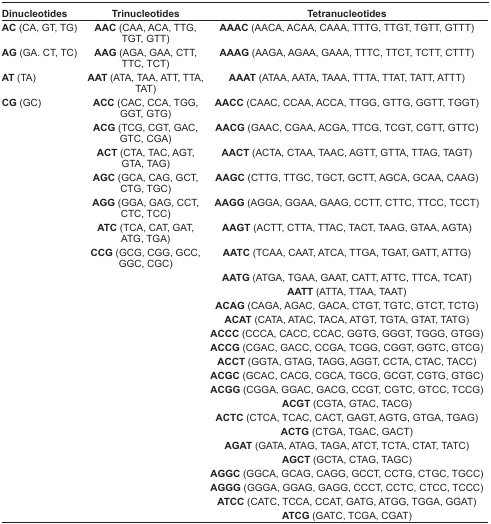
<table><thead><tr><td><b>Dinucleotides</b></td><td><b>Trinucleotides</b></td><td><b>Tetranucleotides</b></td></tr></thead><tbody><tr><td><b>AC</b> (CA, GT, TG)</td><td><b>AAC</b> (CAA, ACA, TTG, TGT, GTT)</td><td><b>AAAC</b> (AACA, ACAA, CAAA, TTTG, TTGT, TGTT, GTTT)</td></tr><tr><td><b>AG</b> (GA. CT, TC)</td><td><b>AAG</b> (AGA, GAA, CTT, TTC, TCT)</td><td><b>AAAG</b> (AAGA, AGAA, GAAA, TTTC, TTCT, TCTT, CTTT)</td></tr><tr><td><b>AT</b> (TA)</td><td><b>AAT</b> (ATA, TAA, ATT, TTA, TAT)</td><td><b>AAAT</b> (ATAA, AATA, TAAA, TTTA, TTAT, TATT, ATTT)</td></tr><tr><td><b>CG</b> (GC)</td><td><b>ACC</b> (CAC, CCA, TGG, GGT, GTG)</td><td><b>AACC</b> (CAAC, CCAA, ACCA, TTGG, GTTG, GGTT, TGGT)</td></tr><tr><td></td><td><b>ACG</b> (TCG, CGT, GAC, GTC, CGA)</td><td><b>AACG</b> (GAAC, CGAA, ACGA, TTCG, TCGT, CGTT, GTTC)</td></tr><tr><td></td><td><b>ACT</b> (CTA, TAC, AGT, GTA, TAG)</td><td><b>AACT</b> (ACTA, CTAA, TAAC, AGTT, GTTA, TTAG, TAGT)</td></tr><tr><td></td><td><b>AGC</b> (GCA, CAG, GCT, CTG, TGC)</td><td><b>AAGC</b> (CTTG, TTGC, TGCT, GCTT, AGCA, GCAA, CAAG)</td></tr><tr><td></td><td><b>AGG</b> (GGA, GAG, CCT, CTC, TCC)</td><td><b>AAGG</b> (AGGA, GGAA, GAAG, CCTT, CTTC, TTCC, TCCT)</td></tr><tr><td></td><td><b>ATC</b> (TCA, CAT, GAT, ATG, TGA)</td><td><b>AAGT</b> (ACTT, CTTA, TTAC, TACT, TAAG, GTAA, AGTA)</td></tr><tr><td></td><td><b>CCG</b> (GCG, CGG, GCC, GGC, CGC)</td><td><b>AATC</b> (TCAA, CAAT, ATCA, TTGA, TGAT, GATT, ATTG)</td></tr><tr><td></td><td></td><td><b>AATG</b> (ATGA, TGAA, GAAT, CATT, ATTC, TTCA, TCAT)</td></tr><tr><td></td><td></td><td><b>AATT</b> (ATTA, TTAA, TAAT)</td></tr><tr><td></td><td></td><td><b>ACAG</b> (CAGA, AGAC, GACA, CTGT, TGTC, GTCT, TCTG)</td></tr><tr><td></td><td></td><td><b>ACAT</b> (CATA, ATAC, TACA, ATGT, TGTA, GTAT, TATG)</td></tr><tr><td></td><td></td><td><b>ACCC</b> (CCCA, CACC, CCAC, GGTG, GGGT, TGGG, GTGG)</td></tr><tr><td></td><td></td><td><b>ACCG</b> (CGAC, GACC, CCGA, TCGG, CGGT, GGTC, GTCG)</td></tr><tr><td></td><td></td><td><b>ACCT</b> (GGTA, GTAG, TAGG, AGGT, CCTA, CTAC, TACC)</td></tr><tr><td></td><td></td><td><b>ACGC</b> (GCAC, CACG, CGCA, TGCG, GCGT, CGTG, GTGC)</td></tr><tr><td></td><td></td><td><b>ACGG</b> (CGGA, GGAC, GACG, CCGT, CGTC, GTCC, TCCG)</td></tr><tr><td></td><td></td><td><b>ACGT</b> (CGTA, GTAC, TACG)</td></tr><tr><td></td><td></td><td><b>ACTC</b> (CTCA, TCAC, CACT, GAGT, AGTG, GTGA, TGAG)</td></tr><tr><td></td><td></td><td><b>ACTG</b> (CTGA, TGAC, GACT)</td></tr><tr><td></td><td></td><td><b>AGAT</b> (GATA, ATAG, TAGA, ATCT, TCTA, CTAT, TATC)</td></tr><tr><td></td><td></td><td><b>AGCT</b> (GCTA, CTAG, TAGC)</td></tr><tr><td></td><td></td><td><b>AGGC</b> (GGCA, GCAG, CAGG, GCCT, CCTG, CTGC, TGCC)</td></tr><tr><td></td><td></td><td><b>AGGG</b> (GGGA, GGAG, GAGG, CCCT, CCTC, CTCC, TCCC)</td></tr><tr><td></td><td></td><td><b>ATCC</b> (CATC, TCCA, CCAT, GATG, ATGG, TGGA, GGAT)</td></tr><tr><td></td><td></td><td><b>ATCG</b> (GATC, TCGA, CGAT)</td></tr></tbody></table>